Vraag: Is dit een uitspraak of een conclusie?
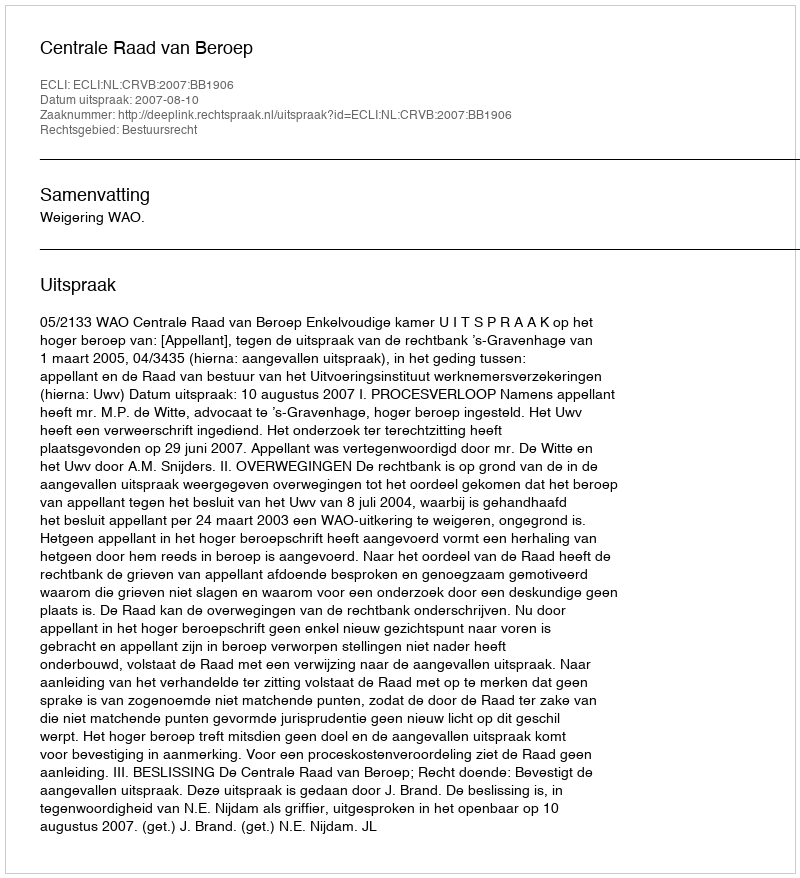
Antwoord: Uitspraak